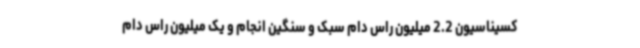
کسیناسیون 2.2 میلیون راس دام سبک و سنگین انجام و یک میلیون راس دام